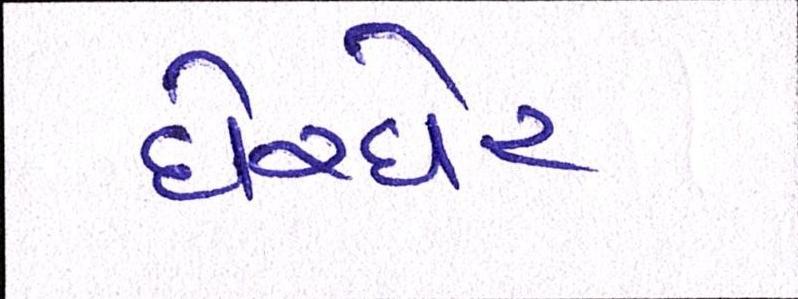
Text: ઘેરઘેર